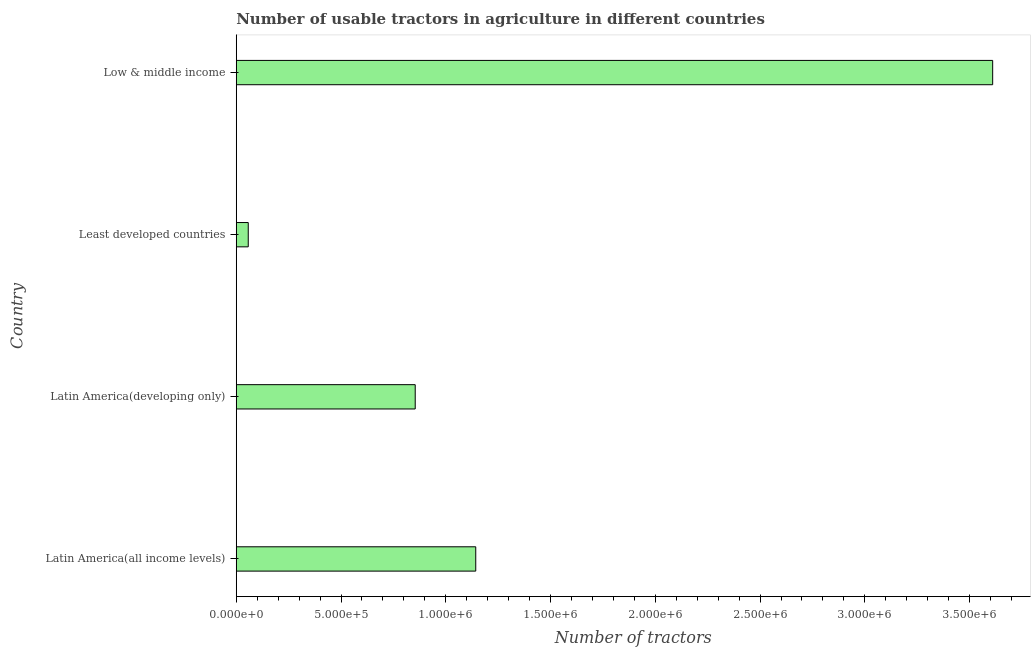
| Country | Agricultural machinery |
 | --- | --- |
 | Latin America(all income levels) | 1.14e+06 |
 | Latin America(developing only) | 8.54e+05 |
 | Least developed countries | 5.73e+04 |
 | Low & middle income | 3.61e+06 |